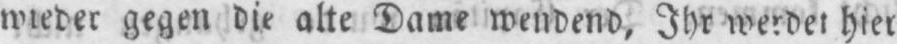
wieder gegen die alte Dame wendend, Ihr werdet hier